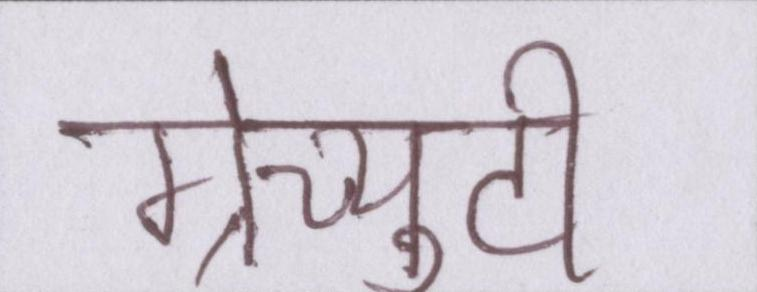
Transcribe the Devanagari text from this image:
ग्रेच्युटी